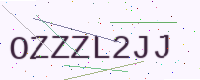
Text: OZZZL2JJ